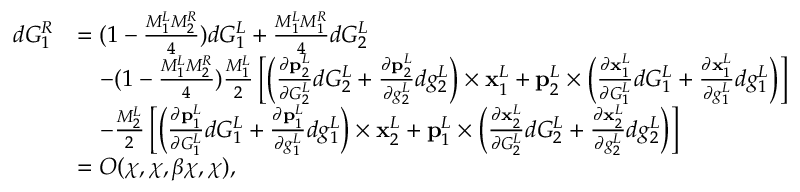
\begin{array} { r l } { d G _ { 1 } ^ { R } } & { = ( 1 - \frac { M _ { 1 } ^ { L } M _ { 2 } ^ { R } } { 4 } ) d G _ { 1 } ^ { L } + \frac { M _ { 1 } ^ { L } M _ { 1 } ^ { R } } { 4 } d G _ { 2 } ^ { L } } \\ & { \quad - ( 1 - \frac { M _ { 1 } ^ { L } M _ { 2 } ^ { R } } { 4 } ) \frac { M _ { 1 } ^ { L } } { 2 } \left[ \left( \frac { \partial \mathbf { p } _ { 2 } ^ { L } } { \partial G _ { 2 } ^ { L } } d G _ { 2 } ^ { L } + \frac { \partial \mathbf { p } _ { 2 } ^ { L } } { \partial g _ { 2 } ^ { L } } d g _ { 2 } ^ { L } \right) \times \mathbf { x } _ { 1 } ^ { L } + \mathbf { p } _ { 2 } ^ { L } \times \left( \frac { \partial \mathbf { x } _ { 1 } ^ { L } } { \partial G _ { 1 } ^ { L } } d G _ { 1 } ^ { L } + \frac { \partial \mathbf { x } _ { 1 } ^ { L } } { \partial g _ { 1 } ^ { L } } d g _ { 1 } ^ { L } \right) \right] } \\ & { \quad - \frac { M _ { 2 } ^ { L } } { 2 } \left[ \left( \frac { \partial \mathbf { p } _ { 1 } ^ { L } } { \partial G _ { 1 } ^ { L } } d G _ { 1 } ^ { L } + \frac { \partial \mathbf { p } _ { 1 } ^ { L } } { \partial g _ { 1 } ^ { L } } d g _ { 1 } ^ { L } \right) \times \mathbf { x } _ { 2 } ^ { L } + \mathbf { p } _ { 1 } ^ { L } \times \left( \frac { \partial \mathbf { x } _ { 2 } ^ { L } } { \partial G _ { 2 } ^ { L } } d G _ { 2 } ^ { L } + \frac { \partial \mathbf { x } _ { 2 } ^ { L } } { \partial g _ { 2 } ^ { L } } d g _ { 2 } ^ { L } \right) \right] } \\ & { = O ( \chi , \chi , \beta \chi , \chi ) , } \end{array}